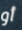
أو